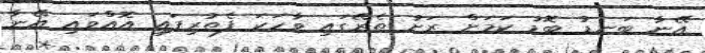
އޭނާ ބަނޑު ބޮޑު ކަމަށް ރަށު ތެރޭގައި ވާހަކަ ފެތުރިފައި އޮއްވައި އޭނާ